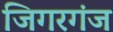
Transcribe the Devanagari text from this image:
जिगरगंज